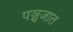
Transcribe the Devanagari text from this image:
पञ्चजात